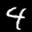
Label: 4